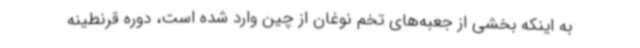
به اینکه بخشی از جعبه‌های تخم نوغان از چین وارد شده است، دوره قرنطینه